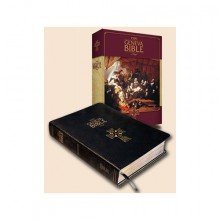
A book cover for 1599 Geneva Bible; Tolle Lege Press; Christian Books & Bibles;